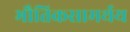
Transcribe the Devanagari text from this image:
भौतिकसामर्थय